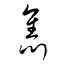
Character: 雋